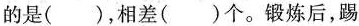
的是( )，相差( )个。锻炼后，踢